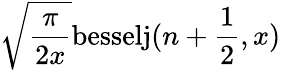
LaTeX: \sqrt{\frac{\pi}{2x}}\mathrm{besselj}(n+\frac{1}{2},x)